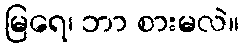
မြရေ၊ ဘာ စားမလဲ။